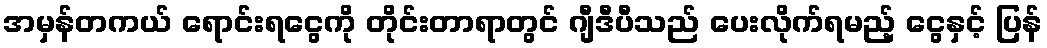
အမှန်တကယ် ရောင်းရငွေကို တိုင်းတာရာတွင် ဂျီဒီပီသည် ပေးလိုက်ရမည့် ငွေနှင့် ပြန်